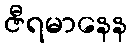
ဇီရမာနေန